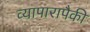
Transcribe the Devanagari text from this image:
व्यापारापैकी